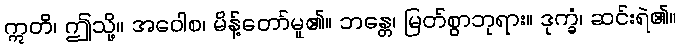
ဣတိ၊ ဤသို့။ အဝေါစ၊ မိန့်တော်မူ၏။ ဘန္တေ၊ မြတ်စွာဘုရား။ ဒုက္ခံ၊ ဆင်းရဲ၏။